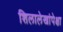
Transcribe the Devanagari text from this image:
शिलालेखांपेक्षा